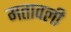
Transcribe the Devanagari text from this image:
मतावली